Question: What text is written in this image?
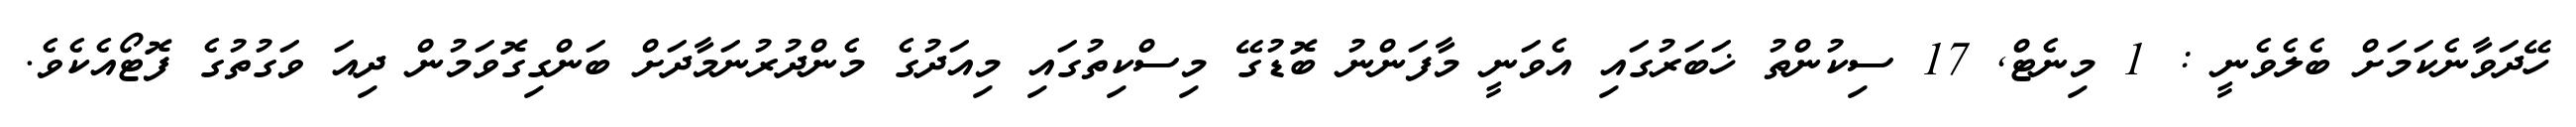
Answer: ހޭދަވާނެކަމަށް ބެލެވެނީ : 1 މިނެޓް, 17 ސިކުންތު ޚަބަރުގައި އެވަނީ މާފަންނު ބޮޑުގޭ މިސްކިތުގައި މިއަދުގެ މެންދުރުނަމާދަށް ބަންގިގޮވަމުން ދިއަ ވަގުތުގެ ފޮޓޯއެކެވެ.